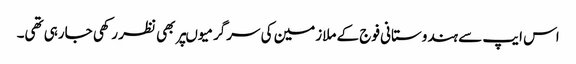
اس ایپ سے ہندوستانی فوج کے ملازمین کی سرگرمیوںپر بھی نظر رکھی جارہی تھی۔